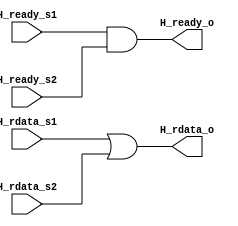
//====================================================
// module      :  ahb address and control decoder
// editor      :  shiyong 
// data        :  2022/11/12
// description :
//                Slave to Master
//---------------------------------------------------
//        input signal
//   
//===================================================

`timescale 1ns/10ps

module ahb_mux_S2M(
       //
       input         H_ready_s1,
       input  [31:0] H_rdata_s1,
       //
       input         H_ready_s2,
       input  [31:0] H_rdata_s2,
       //
       output        H_ready_o,
       output [31:0] H_rdata_o
);

assign H_ready_o = H_ready_s1 & H_ready_s2;

assign H_rdata_o = H_rdata_s1 | H_rdata_s2;


endmodule